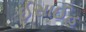
ઈસાઈહ